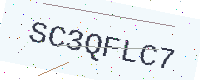
Text: SC3QFLC7